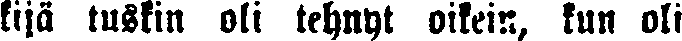
kijä tuskin oli tehnyt oikein, kun oli